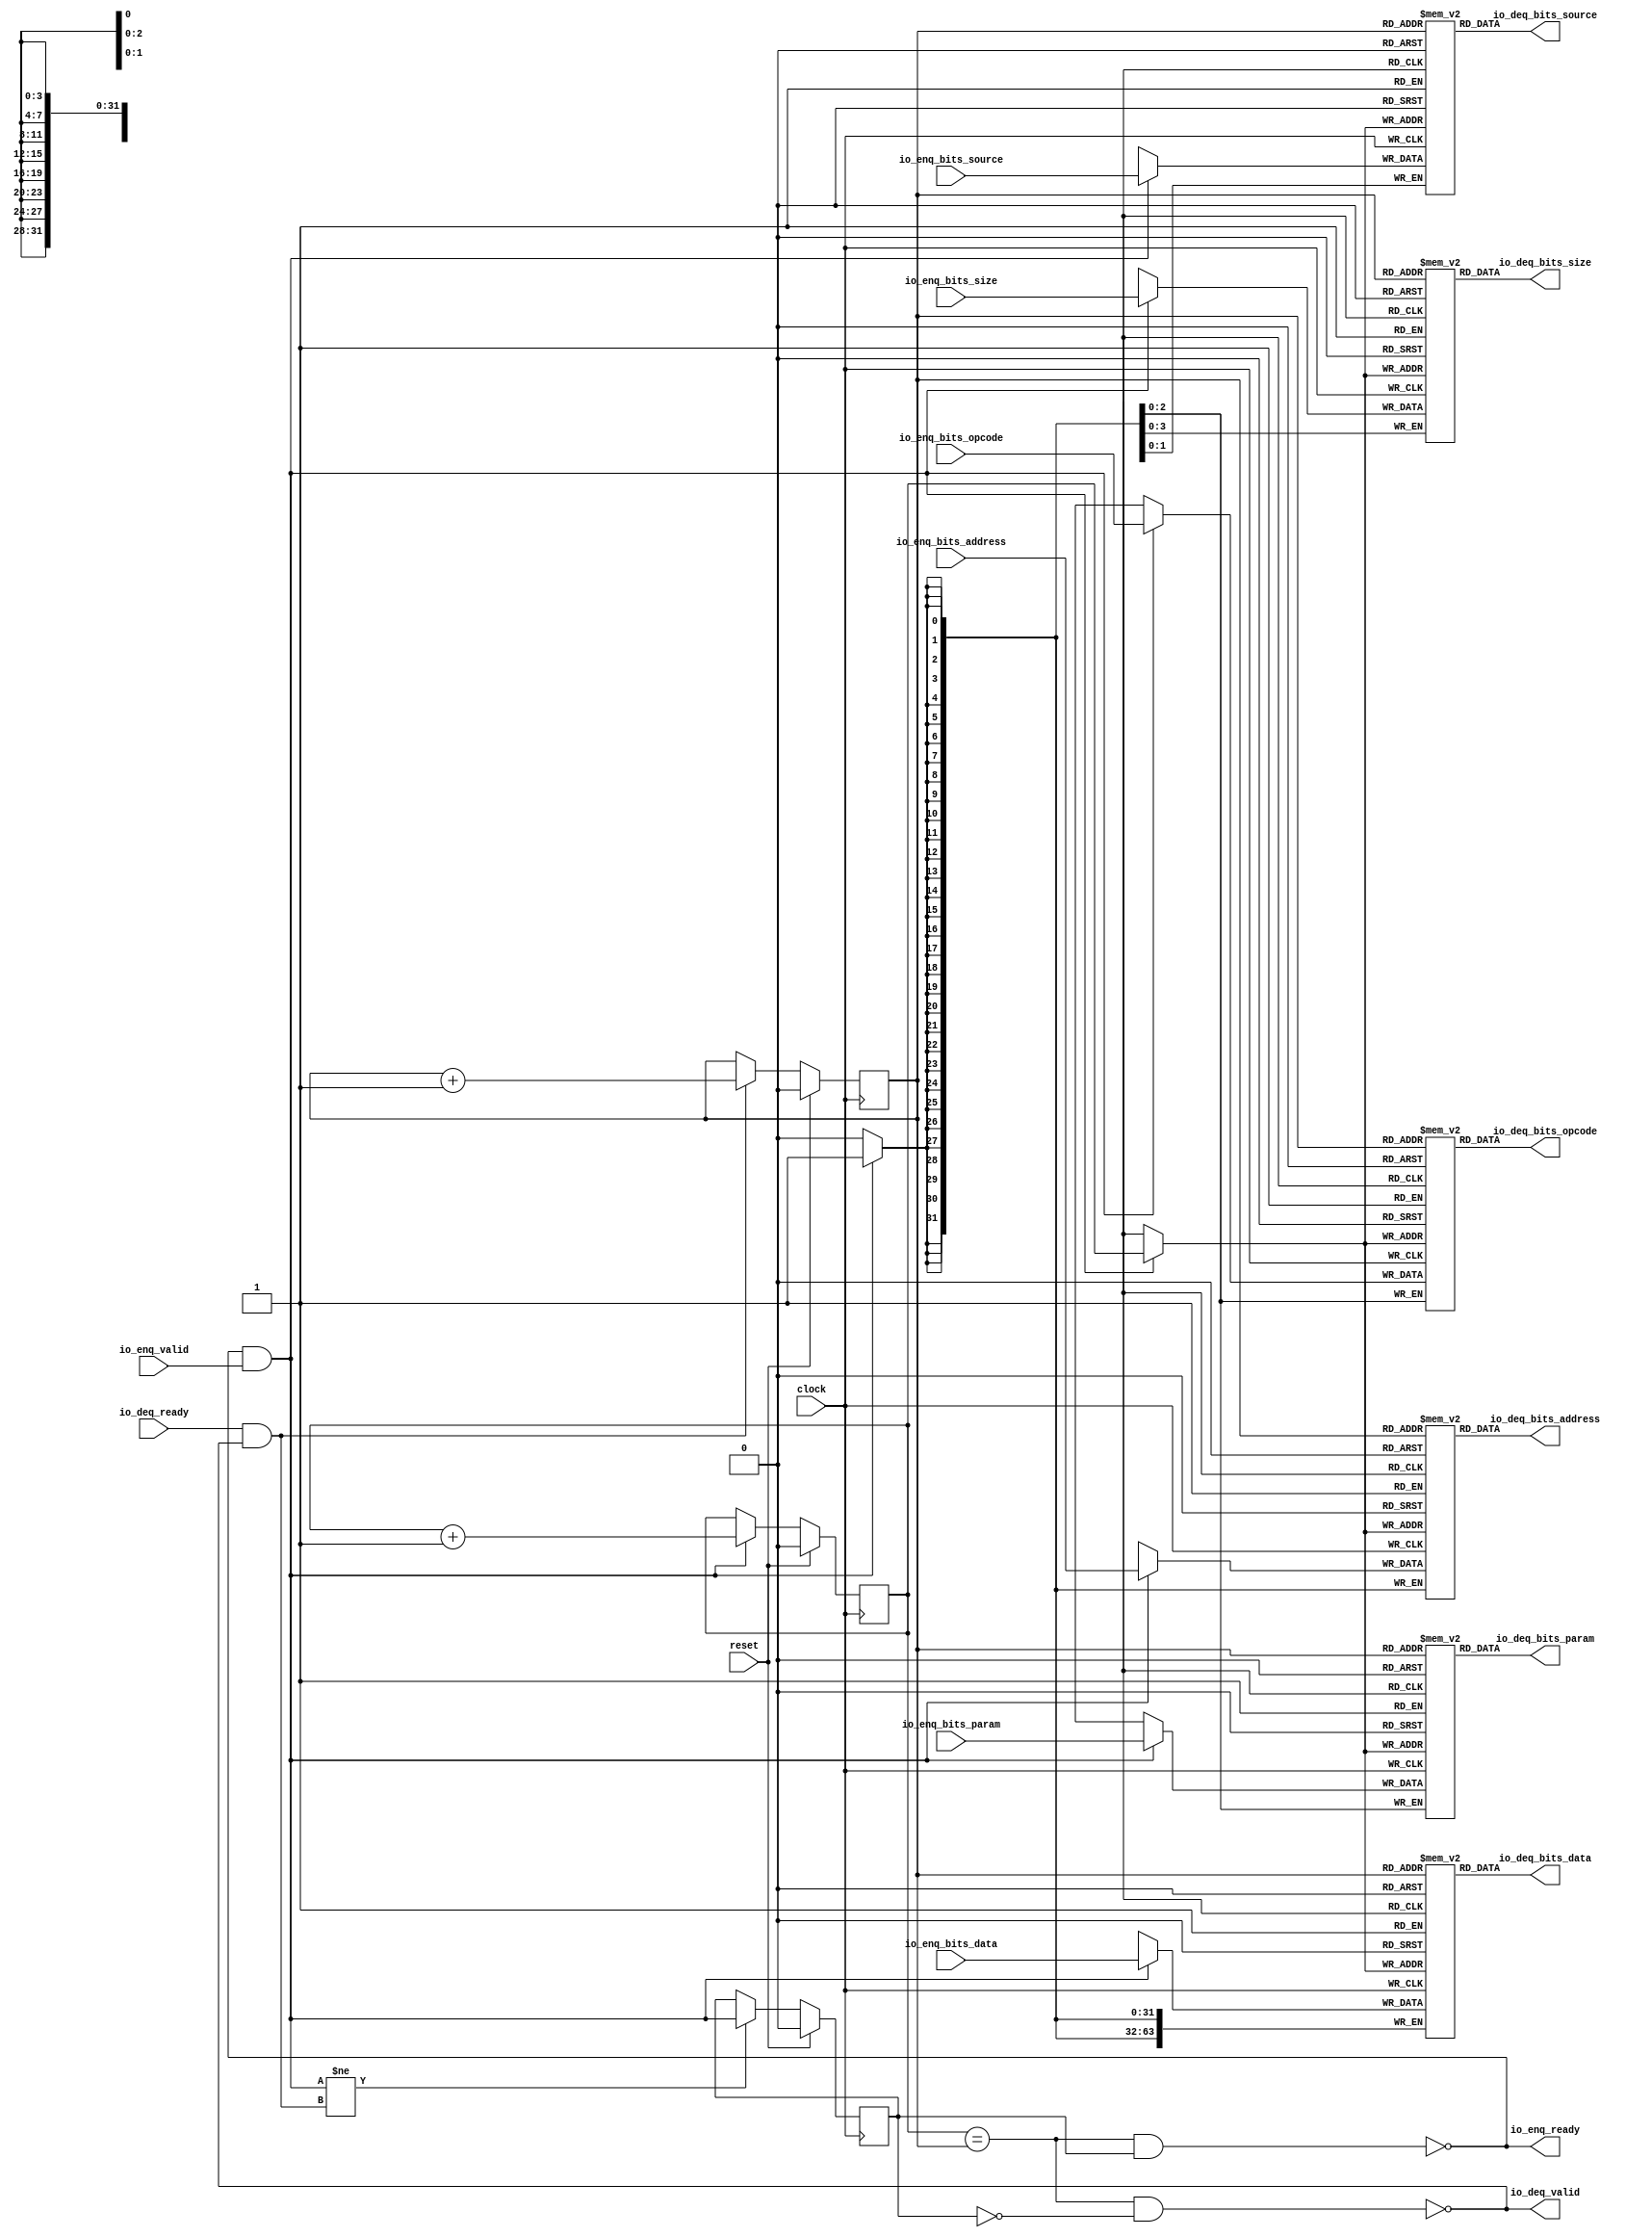
module Queue_35(
  input         clock,
  input         reset,
  output        io_enq_ready,
  input         io_enq_valid,
  input  [2:0]  io_enq_bits_opcode,
  input  [2:0]  io_enq_bits_param,
  input  [3:0]  io_enq_bits_size,
  input  [1:0]  io_enq_bits_source,
  input  [31:0] io_enq_bits_address,
  input  [63:0] io_enq_bits_data,
  input         io_deq_ready,
  output        io_deq_valid,
  output [2:0]  io_deq_bits_opcode,
  output [2:0]  io_deq_bits_param,
  output [3:0]  io_deq_bits_size,
  output [1:0]  io_deq_bits_source,
  output [31:0] io_deq_bits_address,
  output [63:0] io_deq_bits_data
);
`ifdef RANDOMIZE_MEM_INIT
  reg [31:0] _RAND_0;
  reg [31:0] _RAND_1;
  reg [31:0] _RAND_2;
  reg [31:0] _RAND_3;
  reg [31:0] _RAND_4;
  reg [63:0] _RAND_5;
`endif // RANDOMIZE_MEM_INIT
`ifdef RANDOMIZE_REG_INIT
  reg [31:0] _RAND_6;
  reg [31:0] _RAND_7;
  reg [31:0] _RAND_8;
`endif // RANDOMIZE_REG_INIT
  reg [2:0] ram_opcode [0:1]; // @[Decoupled.scala 218:16]
  wire [2:0] ram_opcode_io_deq_bits_MPORT_data; // @[Decoupled.scala 218:16]
  wire  ram_opcode_io_deq_bits_MPORT_addr; // @[Decoupled.scala 218:16]
  wire [2:0] ram_opcode_MPORT_data; // @[Decoupled.scala 218:16]
  wire  ram_opcode_MPORT_addr; // @[Decoupled.scala 218:16]
  wire  ram_opcode_MPORT_mask; // @[Decoupled.scala 218:16]
  wire  ram_opcode_MPORT_en; // @[Decoupled.scala 218:16]
  reg [2:0] ram_param [0:1]; // @[Decoupled.scala 218:16]
  wire [2:0] ram_param_io_deq_bits_MPORT_data; // @[Decoupled.scala 218:16]
  wire  ram_param_io_deq_bits_MPORT_addr; // @[Decoupled.scala 218:16]
  wire [2:0] ram_param_MPORT_data; // @[Decoupled.scala 218:16]
  wire  ram_param_MPORT_addr; // @[Decoupled.scala 218:16]
  wire  ram_param_MPORT_mask; // @[Decoupled.scala 218:16]
  wire  ram_param_MPORT_en; // @[Decoupled.scala 218:16]
  reg [3:0] ram_size [0:1]; // @[Decoupled.scala 218:16]
  wire [3:0] ram_size_io_deq_bits_MPORT_data; // @[Decoupled.scala 218:16]
  wire  ram_size_io_deq_bits_MPORT_addr; // @[Decoupled.scala 218:16]
  wire [3:0] ram_size_MPORT_data; // @[Decoupled.scala 218:16]
  wire  ram_size_MPORT_addr; // @[Decoupled.scala 218:16]
  wire  ram_size_MPORT_mask; // @[Decoupled.scala 218:16]
  wire  ram_size_MPORT_en; // @[Decoupled.scala 218:16]
  reg [1:0] ram_source [0:1]; // @[Decoupled.scala 218:16]
  wire [1:0] ram_source_io_deq_bits_MPORT_data; // @[Decoupled.scala 218:16]
  wire  ram_source_io_deq_bits_MPORT_addr; // @[Decoupled.scala 218:16]
  wire [1:0] ram_source_MPORT_data; // @[Decoupled.scala 218:16]
  wire  ram_source_MPORT_addr; // @[Decoupled.scala 218:16]
  wire  ram_source_MPORT_mask; // @[Decoupled.scala 218:16]
  wire  ram_source_MPORT_en; // @[Decoupled.scala 218:16]
  reg [31:0] ram_address [0:1]; // @[Decoupled.scala 218:16]
  wire [31:0] ram_address_io_deq_bits_MPORT_data; // @[Decoupled.scala 218:16]
  wire  ram_address_io_deq_bits_MPORT_addr; // @[Decoupled.scala 218:16]
  wire [31:0] ram_address_MPORT_data; // @[Decoupled.scala 218:16]
  wire  ram_address_MPORT_addr; // @[Decoupled.scala 218:16]
  wire  ram_address_MPORT_mask; // @[Decoupled.scala 218:16]
  wire  ram_address_MPORT_en; // @[Decoupled.scala 218:16]
  reg [63:0] ram_data [0:1]; // @[Decoupled.scala 218:16]
  wire [63:0] ram_data_io_deq_bits_MPORT_data; // @[Decoupled.scala 218:16]
  wire  ram_data_io_deq_bits_MPORT_addr; // @[Decoupled.scala 218:16]
  wire [63:0] ram_data_MPORT_data; // @[Decoupled.scala 218:16]
  wire  ram_data_MPORT_addr; // @[Decoupled.scala 218:16]
  wire  ram_data_MPORT_mask; // @[Decoupled.scala 218:16]
  wire  ram_data_MPORT_en; // @[Decoupled.scala 218:16]
  reg  value; // @[Counter.scala 60:40]
  reg  value_1; // @[Counter.scala 60:40]
  reg  maybe_full; // @[Decoupled.scala 221:27]
  wire  ptr_match = value == value_1; // @[Decoupled.scala 223:33]
  wire  empty = ptr_match & (~maybe_full); // @[Decoupled.scala 224:25]
  wire  full = ptr_match & maybe_full; // @[Decoupled.scala 225:24]
  wire  do_enq = io_enq_ready & io_enq_valid; // @[Decoupled.scala 40:37]
  wire  do_deq = io_deq_ready & io_deq_valid; // @[Decoupled.scala 40:37]
  wire  _value_T_1 = value + 1'h1; // @[Counter.scala 76:24]
  wire  _value_1_T_1 = value_1 + 1'h1; // @[Counter.scala 76:24]
  wire  _T = do_enq != do_deq; // @[Decoupled.scala 236:16]
  assign ram_opcode_io_deq_bits_MPORT_addr = value_1;
  assign ram_opcode_io_deq_bits_MPORT_data = ram_opcode[ram_opcode_io_deq_bits_MPORT_addr]; // @[Decoupled.scala 218:16]
  assign ram_opcode_MPORT_data = io_enq_bits_opcode;
  assign ram_opcode_MPORT_addr = value;
  assign ram_opcode_MPORT_mask = 1'h1;
  assign ram_opcode_MPORT_en = io_enq_ready & io_enq_valid;
  assign ram_param_io_deq_bits_MPORT_addr = value_1;
  assign ram_param_io_deq_bits_MPORT_data = ram_param[ram_param_io_deq_bits_MPORT_addr]; // @[Decoupled.scala 218:16]
  assign ram_param_MPORT_data = io_enq_bits_param;
  assign ram_param_MPORT_addr = value;
  assign ram_param_MPORT_mask = 1'h1;
  assign ram_param_MPORT_en = io_enq_ready & io_enq_valid;
  assign ram_size_io_deq_bits_MPORT_addr = value_1;
  assign ram_size_io_deq_bits_MPORT_data = ram_size[ram_size_io_deq_bits_MPORT_addr]; // @[Decoupled.scala 218:16]
  assign ram_size_MPORT_data = io_enq_bits_size;
  assign ram_size_MPORT_addr = value;
  assign ram_size_MPORT_mask = 1'h1;
  assign ram_size_MPORT_en = io_enq_ready & io_enq_valid;
  assign ram_source_io_deq_bits_MPORT_addr = value_1;
  assign ram_source_io_deq_bits_MPORT_data = ram_source[ram_source_io_deq_bits_MPORT_addr]; // @[Decoupled.scala 218:16]
  assign ram_source_MPORT_data = io_enq_bits_source;
  assign ram_source_MPORT_addr = value;
  assign ram_source_MPORT_mask = 1'h1;
  assign ram_source_MPORT_en = io_enq_ready & io_enq_valid;
  assign ram_address_io_deq_bits_MPORT_addr = value_1;
  assign ram_address_io_deq_bits_MPORT_data = ram_address[ram_address_io_deq_bits_MPORT_addr]; // @[Decoupled.scala 218:16]
  assign ram_address_MPORT_data = io_enq_bits_address;
  assign ram_address_MPORT_addr = value;
  assign ram_address_MPORT_mask = 1'h1;
  assign ram_address_MPORT_en = io_enq_ready & io_enq_valid;
  assign ram_data_io_deq_bits_MPORT_addr = value_1;
  assign ram_data_io_deq_bits_MPORT_data = ram_data[ram_data_io_deq_bits_MPORT_addr]; // @[Decoupled.scala 218:16]
  assign ram_data_MPORT_data = io_enq_bits_data;
  assign ram_data_MPORT_addr = value;
  assign ram_data_MPORT_mask = 1'h1;
  assign ram_data_MPORT_en = io_enq_ready & io_enq_valid;
  assign io_enq_ready = ~full; // @[Decoupled.scala 241:19]
  assign io_deq_valid = ~empty; // @[Decoupled.scala 240:19]
  assign io_deq_bits_opcode = ram_opcode_io_deq_bits_MPORT_data; // @[Decoupled.scala 242:15]
  assign io_deq_bits_param = ram_param_io_deq_bits_MPORT_data; // @[Decoupled.scala 242:15]
  assign io_deq_bits_size = ram_size_io_deq_bits_MPORT_data; // @[Decoupled.scala 242:15]
  assign io_deq_bits_source = ram_source_io_deq_bits_MPORT_data; // @[Decoupled.scala 242:15]
  assign io_deq_bits_address = ram_address_io_deq_bits_MPORT_data; // @[Decoupled.scala 242:15]
  assign io_deq_bits_data = ram_data_io_deq_bits_MPORT_data; // @[Decoupled.scala 242:15]
  always @(posedge clock) begin
    if(ram_opcode_MPORT_en & ram_opcode_MPORT_mask) begin
      ram_opcode[ram_opcode_MPORT_addr] <= ram_opcode_MPORT_data; // @[Decoupled.scala 218:16]
    end
    if(ram_param_MPORT_en & ram_param_MPORT_mask) begin
      ram_param[ram_param_MPORT_addr] <= ram_param_MPORT_data; // @[Decoupled.scala 218:16]
    end
    if(ram_size_MPORT_en & ram_size_MPORT_mask) begin
      ram_size[ram_size_MPORT_addr] <= ram_size_MPORT_data; // @[Decoupled.scala 218:16]
    end
    if(ram_source_MPORT_en & ram_source_MPORT_mask) begin
      ram_source[ram_source_MPORT_addr] <= ram_source_MPORT_data; // @[Decoupled.scala 218:16]
    end
    if(ram_address_MPORT_en & ram_address_MPORT_mask) begin
      ram_address[ram_address_MPORT_addr] <= ram_address_MPORT_data; // @[Decoupled.scala 218:16]
    end
    if(ram_data_MPORT_en & ram_data_MPORT_mask) begin
      ram_data[ram_data_MPORT_addr] <= ram_data_MPORT_data; // @[Decoupled.scala 218:16]
    end
    if (reset) begin // @[Counter.scala 60:40]
      value <= 1'h0; // @[Counter.scala 60:40]
    end else if (do_enq) begin // @[Decoupled.scala 229:17]
      value <= _value_T_1; // @[Counter.scala 76:15]
    end
    if (reset) begin // @[Counter.scala 60:40]
      value_1 <= 1'h0; // @[Counter.scala 60:40]
    end else if (do_deq) begin // @[Decoupled.scala 233:17]
      value_1 <= _value_1_T_1; // @[Counter.scala 76:15]
    end
    if (reset) begin // @[Decoupled.scala 221:27]
      maybe_full <= 1'h0; // @[Decoupled.scala 221:27]
    end else if (_T) begin // @[Decoupled.scala 236:28]
      maybe_full <= do_enq; // @[Decoupled.scala 237:16]
    end
  end
// Register and memory initialization
`ifdef RANDOMIZE_GARBAGE_ASSIGN
`define RANDOMIZE
`endif
`ifdef RANDOMIZE_INVALID_ASSIGN
`define RANDOMIZE
`endif
`ifdef RANDOMIZE_REG_INIT
`define RANDOMIZE
`endif
`ifdef RANDOMIZE_MEM_INIT
`define RANDOMIZE
`endif
`ifndef RANDOM
`define RANDOM $random
`endif
`ifdef RANDOMIZE_MEM_INIT
  integer initvar;
`endif
`ifndef SYNTHESIS
`ifdef FIRRTL_BEFORE_INITIAL
`FIRRTL_BEFORE_INITIAL
`endif
initial begin
  `ifdef RANDOMIZE
    `ifdef INIT_RANDOM
      `INIT_RANDOM
    `endif
    `ifndef VERILATOR
      `ifdef RANDOMIZE_DELAY
        #`RANDOMIZE_DELAY begin end
      `else
        #0.002 begin end
      `endif
    `endif
`ifdef RANDOMIZE_MEM_INIT
  _RAND_0 = {1{`RANDOM}};
  for (initvar = 0; initvar < 2; initvar = initvar+1)
    ram_opcode[initvar] = _RAND_0[2:0];
  _RAND_1 = {1{`RANDOM}};
  for (initvar = 0; initvar < 2; initvar = initvar+1)
    ram_param[initvar] = _RAND_1[2:0];
  _RAND_2 = {1{`RANDOM}};
  for (initvar = 0; initvar < 2; initvar = initvar+1)
    ram_size[initvar] = _RAND_2[3:0];
  _RAND_3 = {1{`RANDOM}};
  for (initvar = 0; initvar < 2; initvar = initvar+1)
    ram_source[initvar] = _RAND_3[1:0];
  _RAND_4 = {1{`RANDOM}};
  for (initvar = 0; initvar < 2; initvar = initvar+1)
    ram_address[initvar] = _RAND_4[31:0];
  _RAND_5 = {2{`RANDOM}};
  for (initvar = 0; initvar < 2; initvar = initvar+1)
    ram_data[initvar] = _RAND_5[63:0];
`endif // RANDOMIZE_MEM_INIT
`ifdef RANDOMIZE_REG_INIT
  _RAND_6 = {1{`RANDOM}};
  value = _RAND_6[0:0];
  _RAND_7 = {1{`RANDOM}};
  value_1 = _RAND_7[0:0];
  _RAND_8 = {1{`RANDOM}};
  maybe_full = _RAND_8[0:0];
`endif // RANDOMIZE_REG_INIT
  `endif // RANDOMIZE
end // initial
`ifdef FIRRTL_AFTER_INITIAL
`FIRRTL_AFTER_INITIAL
`endif
`endif // SYNTHESIS
endmodule